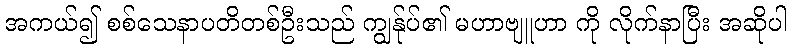
အကယ်၍ စစ်သေနာပတိတစ်ဦးသည် ကျွန်ုပ်၏ မဟာဗျူဟာ ကို လိုက်နာပြီး အဆိုပါ